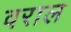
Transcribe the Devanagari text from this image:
वराल